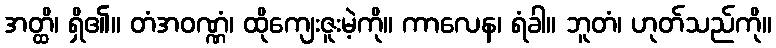
အတ္ထိ၊ ရှိ၏။ တံအဝဏ္ဏံ၊ ထိုကျေးဇူးမဲ့ကို။ ကာလေန၊ ရံခါ။ ဘူတံ၊ ဟုတ်သည်ကို။